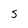
Character: s